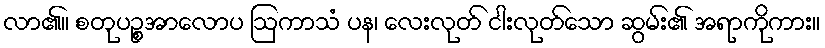
လာ၏။ စတုပဉ္စအာလောပ ဩကာသံ ပန၊ လေးလုတ် ငါးလုတ်သော ဆွမ်း၏ အရာကိုကား။